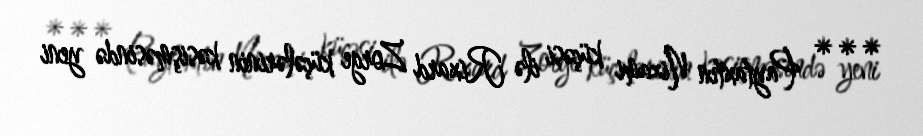
*** Paytaxtın Nizami küçəsi ilə Rixard Zorge küçələrinin kəsişməsində yeni